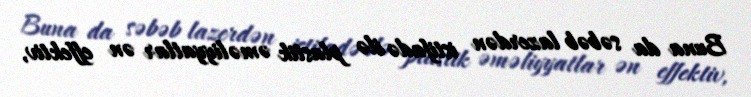
Buna da səbəb lazerdən istifadə ilə plastik əməliyyatlar ən effektiv,